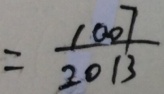
= \frac { 1 0 0 7 } { 2 0 1 3 }